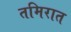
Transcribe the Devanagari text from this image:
तमिरात